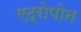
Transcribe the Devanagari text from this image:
एट्रोपोन